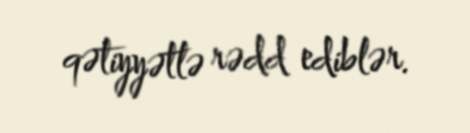
qətiyyətlə rədd ediblər.